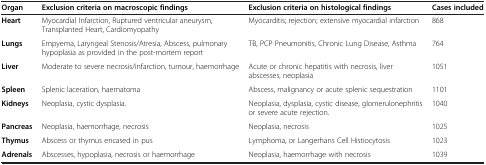
<table><thead><tr><td><b>Organ</b></td><td><b>Exclusion criteria on macroscopic findings</b></td><td><b>Exclusion criteria on histological findings</b></td><td><b>Cases included</b></td></tr></thead><tbody><tr><td><b>Heart</b></td><td>Myocardial Infarction, Ruptured ventricular aneurysm, Transplanted Heart, Cardiomyopathy</td><td>Myocarditis; rejection; extensive myocardial infarction</td><td>868</td></tr><tr><td><b>Lungs</b></td><td>Empyema, Laryngeal Stenosis/Atresia, Abscess, pulmonary hypoplasia as provided in the post-mortem report</td><td>TB, PCP Pneumonitis, Chronic Lung Disease, Asthma</td><td>764</td></tr><tr><td><b>Liver</b></td><td>Moderate to severe necrosis/infarction, tumour, haemorrhage</td><td>Acute or chronic hepatitis with necrosis, liver abscesses, neoplasia</td><td>1051</td></tr><tr><td><b>Spleen</b></td><td>Splenic laceration, haematoma</td><td>Abscess, malignancy or acute splenic sequestration</td><td>1101</td></tr><tr><td><b>Kidneys</b></td><td>Neoplasia, cystic dysplasia.</td><td>Neoplasia, dysplasia, cystic disease, glomerulonephritis or severe acute rejection.</td><td>1040</td></tr><tr><td><b>Pancreas</b></td><td>Neoplasia, haemorrhage, necrosis</td><td>Neoplasia, necrosis</td><td>1025</td></tr><tr><td><b>Thymus</b></td><td>Abscess or thymus encased in pus</td><td>Lymphoma, or Langerhans Cell Histiocytosis</td><td>1023</td></tr><tr><td><b>Adrenals</b></td><td>Abscesses, hypoplasia, necrosis or haemorrhage</td><td>Neoplasia, haemorrhage with necrosis</td><td>1039</td></tr></tbody></table>